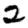
Digit: 2